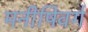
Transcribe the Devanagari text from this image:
मनीषिवर्ग